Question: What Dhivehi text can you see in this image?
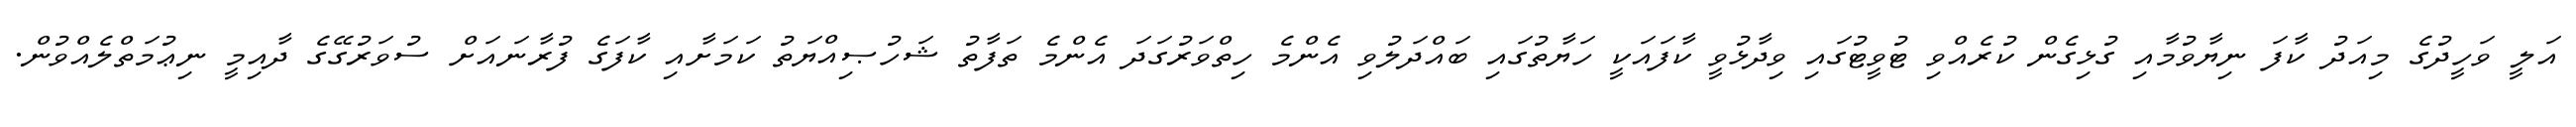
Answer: އަލީ ވަހީދުގެ މިއަދު ކާފަ ނިޔާވުމާއި ގުޅިގެން ކުރެއްވި ޓުވީޓުގައި ވިދާޅުވީ ކާފައަކީ ހަޔާތުގައި ބައްދަލުވި އެންމެ ހިތްވަރުގަދަ އެންމެ ތަފާތު ޝަހުޞިއްޔަތު ކަމަށާއި ކާފަގެ ފުރާނައަށް ސުވަރުގޭގެ ދާއިމީ ނިޢުމަތްލެއްވުން.